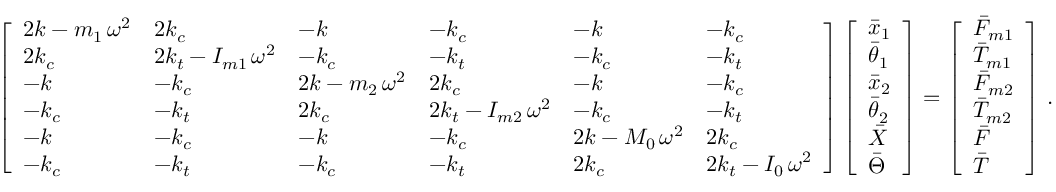
\left[ \begin{array} { l l l l l l } { 2 k - m _ { 1 } \, \omega ^ { 2 } } & { 2 k _ { c } } & { - k } & { - k _ { c } } & { - k } & { - k _ { c } } \\ { 2 k _ { c } } & { 2 k _ { t } - I _ { m 1 } \, \omega ^ { 2 } } & { - k _ { c } } & { - k _ { t } } & { - k _ { c } } & { - k _ { t } } \\ { - k } & { - k _ { c } } & { 2 k - m _ { 2 } \, \omega ^ { 2 } } & { 2 k _ { c } } & { - k } & { - k _ { c } } \\ { - k _ { c } } & { - k _ { t } } & { 2 k _ { c } } & { 2 k _ { t } - I _ { m 2 } \, \omega ^ { 2 } } & { - k _ { c } } & { - k _ { t } } \\ { - k } & { - k _ { c } } & { - k } & { - k _ { c } } & { 2 k - M _ { 0 } \, \omega ^ { 2 } } & { 2 k _ { c } } \\ { - k _ { c } } & { - k _ { t } } & { - k _ { c } } & { - k _ { t } } & { 2 k _ { c } } & { 2 k _ { t } - I _ { 0 } \, \omega ^ { 2 } } \end{array} \right] \left[ \begin{array} { l } { \bar { x } _ { 1 } } \\ { \bar { \theta } _ { 1 } } \\ { \bar { x } _ { 2 } } \\ { \bar { \theta } _ { 2 } } \\ { \bar { X } } \\ { \bar { \Theta } } \end{array} \right] = \left[ \begin{array} { l } { \bar { F } _ { m 1 } } \\ { \bar { T } _ { m 1 } } \\ { \bar { F } _ { m 2 } } \\ { \bar { T } _ { m 2 } } \\ { \bar { F } } \\ { \bar { T } } \end{array} \right] \, .